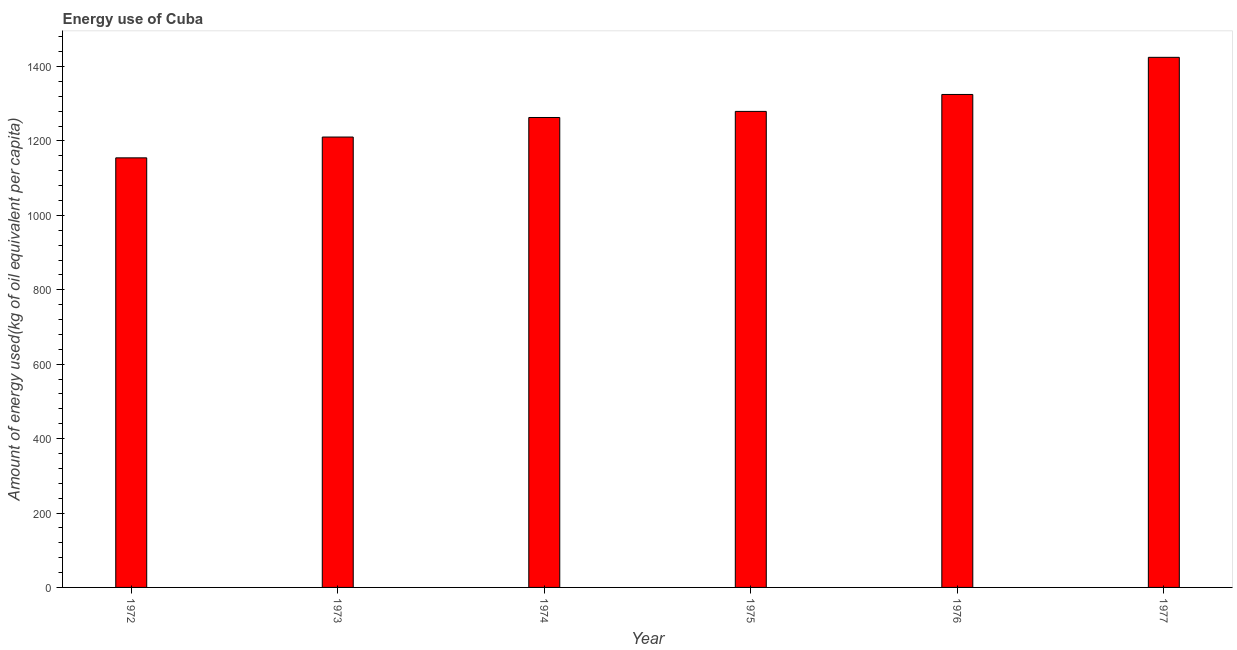
| Year | Energy use  |
 | --- | --- |
 | 1972 | 1.15e+03 |
 | 1973 | 1.21e+03 |
 | 1974 | 1.26e+03 |
 | 1975 | 1.28e+03 |
 | 1976 | 1.32e+03 |
 | 1977 | 1.42e+03 |